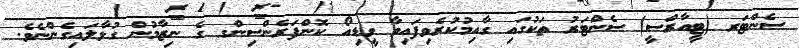
ސެންޓަރ (ޓީއާރްސީ) ސެންޓަރު ތަކުގައި ގާއިމުކުރެވިފައިވާ ވީޑިއޯ ކޮންފަރެންސިންގ ގެ ނިޒާމުން ގުޅާލައިގެންނެވެ.